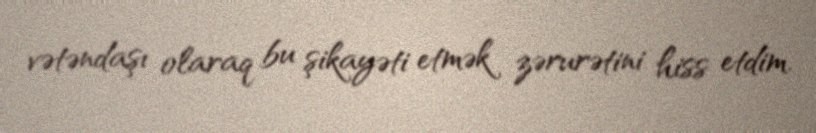
vətəndaşı olaraq bu şikayəti etmək zərurətini hiss etdim.